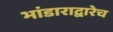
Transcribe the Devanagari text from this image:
भांडाराद्वारेच